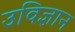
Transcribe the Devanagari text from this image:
उविज्ञान